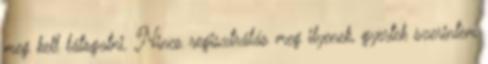
meg kell látogatni. Nincs regisztrálás meg ilyenek, gyertek szerintem